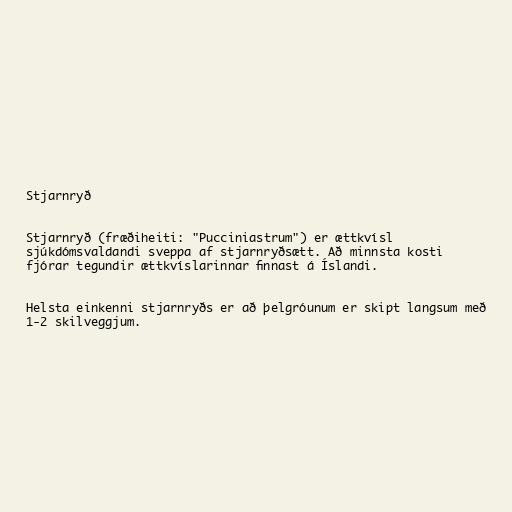
Stjarnryð

Stjarnryð (fræðiheiti: "Pucciniastrum") er ættkvísl
sjúkdómsvaldandi sveppa af stjarnryðsætt. Að minnsta kosti
fjórar tegundir ættkvíslarinnar finnast á Íslandi.

Helsta einkenni stjarnryðs er að þelgróunum er skipt langsum með
1-2 skilveggjum.